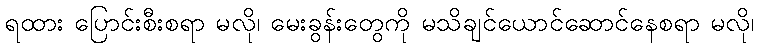
ရထား ပြောင်းစီးစရာ မလို၊ မေးခွန်းတွေကို မသိချင်ယောင်ဆောင်နေစရာ မလို၊